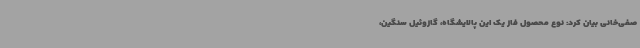
صفی‌خانی بیان کرد: نوع محصول فاز یک این پالایشگاه، گازوئیل سنگین،